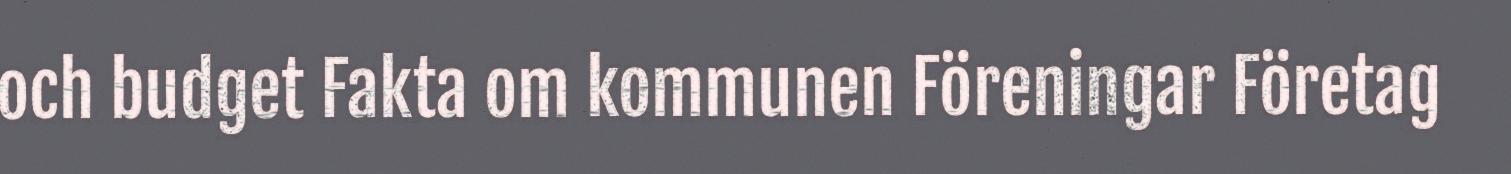
och budget Fakta om kommunen Föreningar Företag